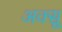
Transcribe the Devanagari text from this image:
अक्सू